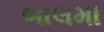
બાલમા